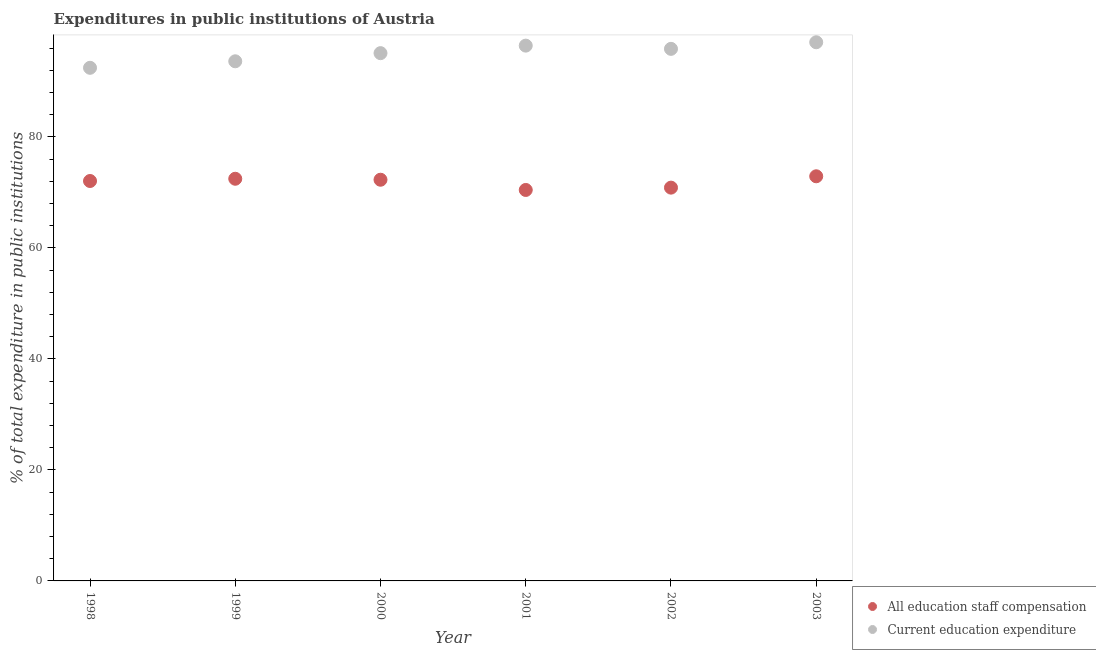
| Year | All education staff compensation | Current education expenditure |
 | --- | --- | --- |
 | 1998 | 72.1 | 92.5 |
 | 1999 | 72.5 | 93.6 |
 | 2000 | 72.3 | 95.1 |
 | 2001 | 70.5 | 96.5 |
 | 2002 | 70.9 | 95.9 |
 | 2003 | 72.9 | 97.1 |